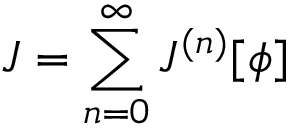
J = \sum _ { n = 0 } ^ { \infty } J ^ { ( n ) } [ \phi ]